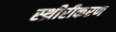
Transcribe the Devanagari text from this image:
स्थ्रीरीकरण